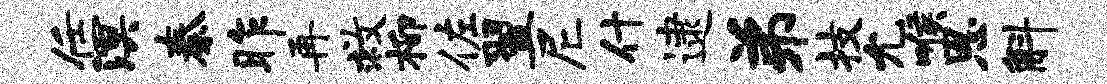
任溟秦昨再救柳佐翌尼什逮弟技允喉恩斛